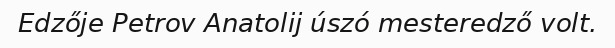
Edzője Petrov Anatolij úszó mesteredző volt.